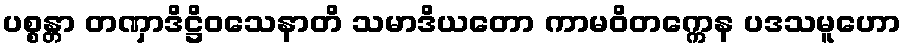
ပစ္စန္တာ တဏှာဒိဋ္ဌိဝသေနာတိ သမာဒိယတော ကာမဝိတက္ကေန ပဒသမူဟော